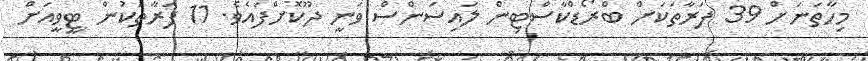
މިހާތަނަށް 39 ފަރާތަކަށް ބްރޯޑްކާސްޓިން ލައިސަންސް ވަނީ ދޫކޮށްފައެވެ. 11 ފަރާތަކުން ޓީވީއަށް